Vital statistics of India. Vol. V, Reports of 1876 on armies & jails and on epidemic cholera
Year: 1876
Disease focus: Cholera
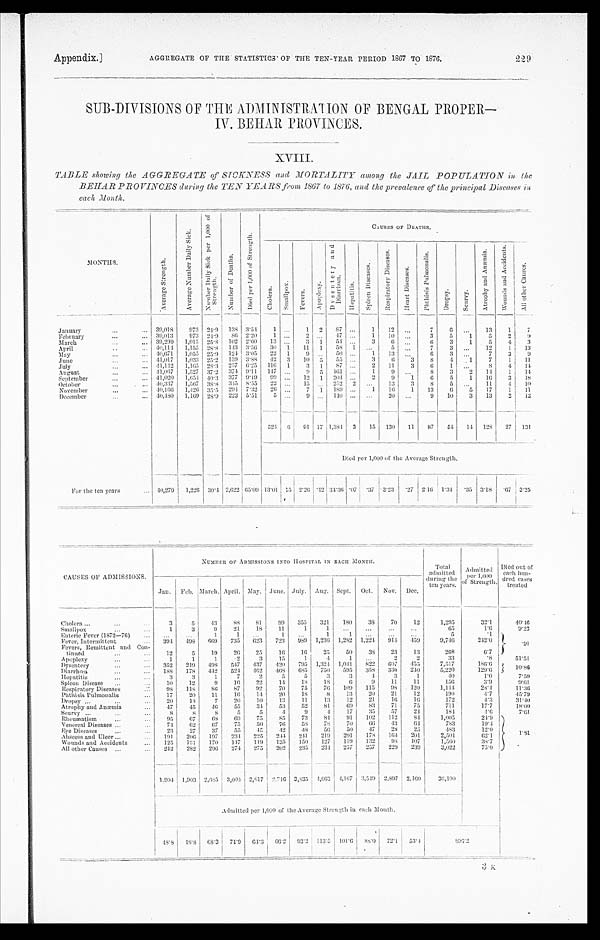
Appendix.]
AGGREGATE OF THE STATISTICS OF THE TEN-YEAR PERIOD 1887 TO 1878.
229
SUB-DIVISIONS OF THE ADMINISTRATION OF BENGAL PROPER —
IV. BEHAR PROVINCES.
XVIII.
TABLE showing the AGGREGATE of SICKNESS and MORTALITY among the JAIL POPULATION in the
BEHAR PROVINCES during the TEN YEARS from 1867 to 1876, and the prevalence qf the principal Diseases in
each Month..
MONTHS.
A v e r a g e S t r e n g t h .
A v e r a g e N u m b e r D a i l y S i c k .
N u m b e r D a i l y S i c k p e r 1 , 0 0 0 o f S t r e n g t h .
N u m b e r o f D e a t h s .
D i e d p e r 1 , 0 0 0 o f S t r e n g t h .
CAUSES OF DEATHS.
Ch o l e r a . S m a l l p o x .
Fe ve r s .
A p o p l e x y . D y s e n t e r y a n d D i a r r h œ a .
H e p a t i t i s .
S p l e e n D i s e a s e s . R e s p i r a t o r y D i s e a s e s .
H e a r t D i s e a s e s .
P h t h i s i s P u l m o n a l i s .
Dr o p s y .
S c u r v y .
A t r o p h y a n d A n æ m i a .
W o u n d s a n d A c c i d e n t s .
A l l o t h e r C a u s e s .
January
3 9 , 0 1 8
9 7 3 24.9 138 3.54
1
. . .
1
2
8 7 ...
1
1 2
. . .
7
6
. . .
1 3
1 7
February
3 9 , 0 1 3
9 7 3 24.9
8 6 2.20
1 . . .
2 . . .
4 7 ...
1
1 0
. . .
3
5
1
5
2 9
March
3 9 , 2 9 9
1 , 0 1 5 25.8 102 2.60
1 3 . . .
3 1
5 4 ...
3
6
. . .
6
3
1
5
4 3
April
4 0 , 1 1 4
1 , 1 5 5 28.8 143 3.56
3 0 1
1 1 1
5 8 1
. . .
5
. . .
7
3
. . .
1 2
1
1 3
May
4 0 , 6 7 1
1 , 0 5 5 25.9 124 3.05
2 2 1
9 . . .
5 0 ...
1
1 3
. . .
6
3
. . .
7
3 9
June
41,017
1 , 0 3 3 25.2 159 3.88
4 2 3
1 0 5
5 5 ...
3
6
3
8
4
1
7
1
1 1
July
4 1 , 1 4 2
1 , 1 6 5 28.3 257 6.25
1 1 6 1
3 1
8 7 ...
2
1 1
3
6
1
. . .
8
4
1 4
August
4 1 , 0 6 7
1 , 5 2 7 37.2 374 9.11
1 4 7
. . .
9 5
1 6 1 ...
1
9 ...
8
3
2
1 4
1
1 4
September
41,020
1 , 6 5 4 40.3 377 9.19
9 9 . . .
1 2 1
2 0 4 ...
2
9
1
6
5
1
1 6
3
1 8
October
4 0 , 3 3 7
1 , 5 6 7 38.8 345 8.55
2 2 . . .
1 5 . . .
2 5 2 2
. . .
1 3
3
8
5
. . .
1 1
4
1 0
November
4 0 , 1 6 6
1 , 4 2 6 35.5 294 7.32
2 6 . . .
7 1
1 8 9 ...
1
1 6
1
1 3
6
5
1 7
1
1 1
December
40,480 1,169 28.9 223 5.51
5
. . .
9
. . .
1 4 0
...
. . .
2 0
. . .
9
1 0
3
1 3
2 1 2
524 6 91 17 1,384 3
15 130
11
87
54 14 128 27 131
Died per 1,000 of the Average Strength.
For the ten years
40,279 1,226 30.4 2,622 65.09 13.01 15
2 . 2 6 . 4 2
3 4 . 3 6
. 0 7
.37
3 . 2 3
. 2 7 2.16
1 . 3 4
. 3 5
3 . 1 8
. 67 3 . 2 5
CAUSES OF ADMISSIONS.
NUMBER OF ADMISSIONS INTO HOSPITAL IN EACH
MONTH.
T o t a l a d mi t t e d d u r i n g t h e t e n y e a r s .
Admi t t ed per 1, 000 of s t r engt h.
Died out of
each hun- dr ed cases t r eat ed.
Jan. Feb. March. April. May. June. July. Aug. Sept. Oct. Nov.
D e c .
Cholera
3
5
43
88
81
99
355
321
180
38
70
12
1,295
32.1
40. 46
Smallpox
1
3
9
21
1 8
11
1
1
. . . ...
...
...
6 5
1 . 6
9. 23
Enteric Fever (1872—76)
...
. . .
1
1
. . .
1
. . .
1
1
...
. . .
. . .
5
. 1
.91
Fever, Intermittent
394 498 669 735
623
723
989 1,236 1,282 1,224 914 459
9,746
2 4 2 . 0
Fevers, Remittent and Con-
tinned
12
5
19
26
25
16
16
25
50
38
23
13
268
6 . 7
Apoplexy
1
1
1
. 2
3
15
1
4
1
. . .
2
2
33
. 8
5 1 . 5 1
Dysentery
352
219
498 547
437
420
795 1,324 1,041 822 607
455
7,517
186.6
1 0 . 8 6
Diarrhœa
188
178 442
524 462
468
685
750
595
358
330
240
5,220
129.6
Hepatitis
3
3
1
7
2
5
5
3
3
4
3
1
4 0
1 . 0
7 . 5 0
Spleen Disease
10
12
9
1 6
22
14
18
1 8
6
9
11
11
156
3 . 9
9 . 6 1
Respiratory Diseases
98
118
8 6 87
92
70
75
76
109
115
98
120
1,144
28.4
11.36
Phthisis Pulmonalis
17
20
11
16
14
20
18
8
13
20
21
12
190
4 . 7
45.79
Dropsy
20
13
7
20
10
13
11
13
12
21
16
16
172
4 . 3
3 1 . 4 0
Atrophy and Anæmia
47
45
46
55
34
53
52
81
69
83
71
75
711
1 7 . 7
18.00
Scurvy
8
8
8
5
5
4,
9
4
17
35
57
24
184
4.6
7 . 6 1
Rheumatism
95
67
68
69
75
85
73
84
91
102
112
84
1,005
24.9
1 . 8 1
Venereal Diseases
74
62
67
75
50
76
58
78
70
66
43
6 4
783
19.4
Eye Diseases
23
27
37
55
4 5
4 2 48
56
50
47
28
25
483
1 2 . 0
Abscess and Ulcer
191 206 197
234 225
244 241 219
201
178
164 201
2,501
62.1
Wounds and Accidents
125
131
170
147
119
135
150
127
1 1 9 132
98
107
1,560
3 8 . 7
All other Causes
242
282
296 274 275 202
235
234 257
257
229
239
3,022
7 5 . 0
1,904
1 , 9 0 3
2,685 3,004 2,617
2 , 7 1 6 3,835 4,663 4,167 3,549 2,897 2,160
36,100
Admitted per 1,000 of the Average Strength in each Month.
4 8 . 8
4 8 . 8
6 8 . 3
7 4 . 9
6 4 . 3
6 6 . 2
9 3 . 2
1 1 3 . 5
1 0 1 . 6
8 8 . 0
7 2 . 1
5 3 . 4
8 9 6 . 2
.